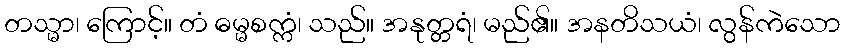
တသ္မာ၊ ကြောင့်။ တံ ဓမ္မစက္ကံ၊ သည်။ အနုတ္တရံ၊ မည်၏။ အနတိသယံ၊ လွန်ကဲသော